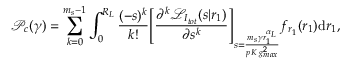
\mathcal { P } _ { c } ( \gamma ) = \sum _ { k = 0 } ^ { m _ { s } - 1 } \int _ { 0 } ^ { R _ { L } } \frac { ( - s ) ^ { k } } { k ! } { \Bigg [ \frac { \partial ^ { k } \mathcal { L } _ { I _ { t o t } } ( s | r _ { 1 } ) } { \partial { s ^ { k } } } \Bigg ] } _ { s = \frac { m _ { s } \gamma r _ { 1 } ^ { \alpha _ { L } } } { p \, K \, g _ { m a x } ^ { 2 } } } f _ { r _ { 1 } } ( r _ { 1 } ) \mathrm { d } r _ { 1 } ,